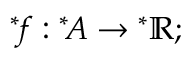
{ ^ { * } \! f } : { ^ { * } \! A } \rightarrow { ^ { * } \mathbb { R } } ;